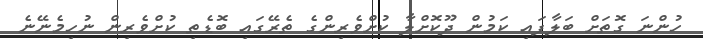
ހުންނަ ގޮތަށް ބަލާފައި ކަމުން ދޫކޮށްލާ ކުށްވެރިންގެ ތެރޭގައި ބޮޑެތި ކުށްވެރިން ނުހިމެނޭނެ